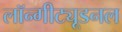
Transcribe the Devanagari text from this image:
लॉन्गीट्यूडनल